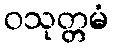
ဝသုတ္တမံ